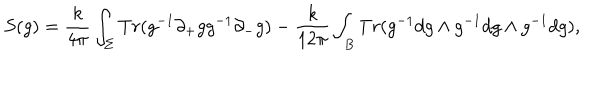
LaTeX: S ( g ) = \frac { k } { 4 \pi } \int _ { \Sigma } T r ( g ^ { - 1 } \partial _ { + } g g ^ { - 1 } \partial _ { - } g ) - \frac { k } { 1 2 \pi } \int _ { B } T r ( g ^ { - 1 } d g \wedge g ^ { - 1 } d g \wedge g ^ { - 1 } d g ) ,